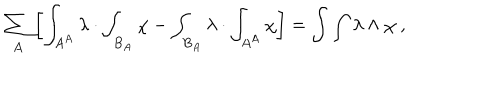
\sum _ { A } \left[ \int _ { A ^ { A } } \lambda \cdot \int _ { B _ { A } } \chi - \int _ { B _ { A } } \lambda \cdot \int _ { A ^ { A } } \chi \right] = \int \int \lambda \wedge \chi \ ,